Report on the administration of the Government Cinchona Department 1892-98
Year: 1892
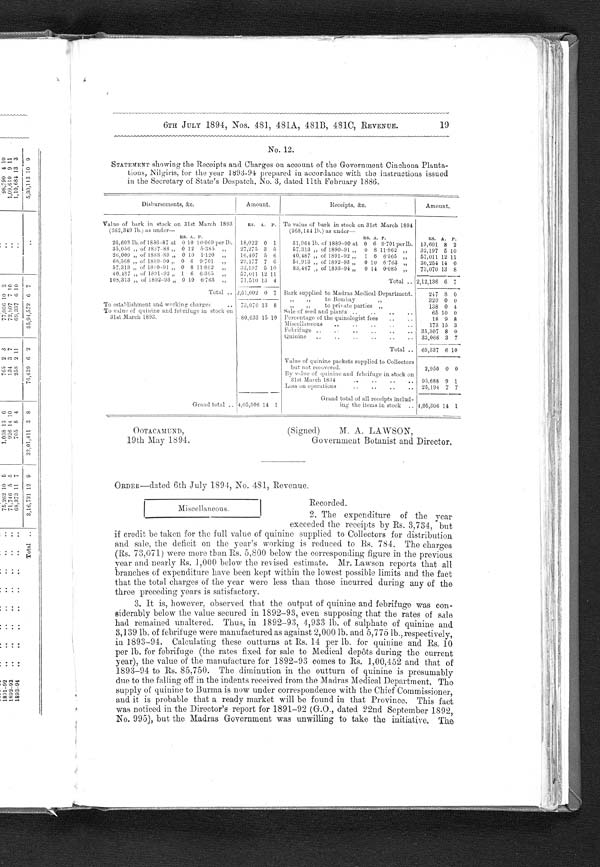
OOTACAMUND,
19th May 1894.
(Signed) M. A. LAWSON,
Government Botanist and Director.
19
6TH JULY 1894, Nos. 481, 481A, 481B, 481C, REVENUE.
No. 12.
STATEMENT showing the Receipts and Charges on account of the Government Cinchona Planta
-
tions, Nilgiris, for the year 1893-94 prepared in accordance with the instructions issued
in the Secretary of State's Despatch, No. 3, dated 11th February 1886.
Disbursements, &c.
Amount.
Receipts, &c.
Amount.
Value of bark in stock on 31st March 1893
(362,349 lb.) as under—
RS. A. P. To value of bark in stock on 31st March 1894
(268,144 lb.) as under
—
RS. A. P.
RS. A. P.
RS. A. P.
26,603 lb. of 1886-87 at 0 10 10 .069 perilb. 18,022 0 1
31,964 lb. of 1889-90 at 0 6 9701 perlb. 13,601 8 2
35,056 „ of 1807-88 „ 0 12 5. 385 „
27,275 3 5
57,313 „ of 1890-91 „ 0 8 11 .862 „ 32,197 5 10
26,009 „ of 1888-89 „ 0 10 1 . 120 „
16,407 5 6
40,487 „ of 1891-92 „ 1 6 6.365 „ 57,011 12 11
68,568 „ of 1889-90 „ 0 6 9 . 701 „
29,177 7 6
54,913 „ of 1892-93
0 10 6. 763
36,254 14 0
57,313 „ of 1.8A-91 „ 0 8 11
.
862 „
32,197 5 10
83,467 of 1893-94 „
,,
0 14 0.085 „ 73,070 13 8
40,487 „ of 1891-92 1 6 6 .365
57,011 12 11
108,313 „ of 1892-93 „ 0 10 6.763 ,,
71,510 13 4
Total 2,12,136 6 7
Total
2,51,602 0 7 Bark supplied to Madras Medical Department.
247 8 0
„ „
to Bombay „
320 0 0
To establishment and working. charges
73,070 13 8
„ „ to private parties „
138 0 4
To value of quinine and fehrifuge in stock on
31st March 1893.
Salo of seed and plants
65 10 0
80,633 15 10 Percentage of the quinologist fees
18 9 8
Miscellaneous
173 13 3
Febrifuge,
35,307 8 0
Quinine
33,066 3 7
Total
69,337 6 10
Value of quinine packets supplied to Collectors
but not recovered.
2,950 0 0
By value of quinine and febrifuge in stock on
31st March 1894
95,688 9 1
Loss on operations
25,194 7 7
Grand total 4,05,306 14 1
Grand total of all receipts includ-
ing the items in stock
4,05,306 14 1
ORDER-dated 6th July 1894, No. 481, Revenue.
Recorded.
2. The expenditure of the year
exceeded the receipts by Rs. 3,734, but
if credit be taken for the full value of quinine supplied to Collectors for distribution
and sale, the deficit on the year's working is reduced to Rs. 784. The charges
(Rs. 73,071) were more than Rs. 5,800 below the corresponding figure in the previous
y e a r a n d n e a r l y R s . 1 , 0 0 0 b e l o w t h e r e v i s e d e s t i m a t e . M r . L a w s o n r e p o r t s t h a t a l l
branches of expenditure have been kept within the lowest possible limits and the fact
that the total charges of the year were less than those incurred during any of the
three preceding years is satisfactory.
3. It is, however, observed that the output of quinine and febrifuge was con
-
siderably below the value secured in 1892-93, even supposing that the rates of sale
had remained unaltered. Thus, in 1892-93, 4,933 lb. of sulphate of quinine and
3,139 lb. of febrifuge were manufactured as against 2,000 lb. and 5,775 lb., respectively,
in 1893-94. Calculating these outturns at Rs. 14 per lb. for quinine and Rs. 10
per lb. for febrifuge (the rates fixed for sale to Medical depôts during the current
year), the value of the manufacture for 1892-93 comes to Rs. 1,00,452 and that of
1893-94 to Rs. 85,750. The diminution in the outturn of quinine is presumably
due to the falling off in the indents received from the Madras Medical Department. The
supply of quinine to Burma is now under correspondence with the Chief Commissioner,
and it is probable that a ready market will be found in that Province. This fact
was noticed in the Director's report for 1891-92 (G.O., dated 22nd September 1892,
No. 995), but the Madras Government was unwilling to take the initiative, The
Miscellaneous.